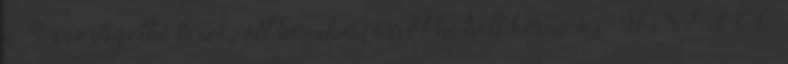
a Városligetbe tervezett beruházásról ki kell kérni az UNESCO